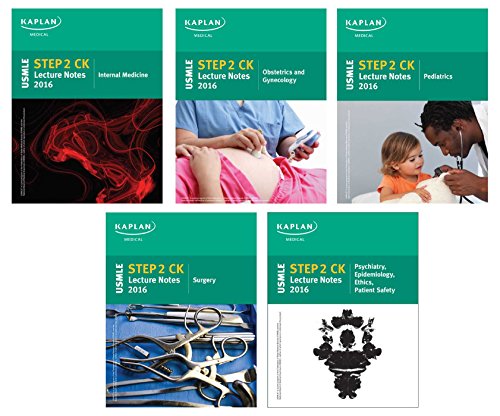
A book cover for USMLE Step 2 CK Lecture Notes 2016 (Kaplan Test Prep); Kaplan; Test Preparation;